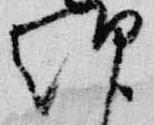
朝